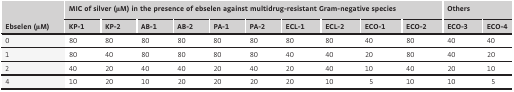
<table><thead><tr><td rowspan="2"><b>Ebselen (μM)</b></td><td colspan="10"><b>MIC of silver (μM) in the presence of ebselen against multidrug‐resistant Gram‐negative species</b></td><td colspan="2"><b>Others</b></td></tr><tr><td><b>KP‐1</b></td><td><b>KP‐2</b></td><td><b>AB‐1</b></td><td><b>AB‐2</b></td><td><b>PA‐1</b></td><td><b>PA‐2</b></td><td><b>ECL‐1</b></td><td><b>ECL‐2</b></td><td><b>ECO‐1</b></td><td><b>ECO‐2</b></td><td><b>ECO‐3</b></td><td><b>ECO‐4</b></td></tr></thead><tbody><tr><td>0</td><td>80</td><td>80</td><td>80</td><td>80</td><td>80</td><td>80</td><td>80</td><td>80</td><td>40</td><td>80</td><td>40</td><td>40</td></tr><tr><td>1</td><td>80</td><td>40</td><td>80</td><td>80</td><td>80</td><td>80</td><td>40</td><td>40</td><td>20</td><td>80</td><td>40</td><td>20</td></tr><tr><td>2</td><td>40</td><td>20</td><td>40</td><td>40</td><td>20</td><td>40</td><td>20</td><td>40</td><td>10</td><td>40</td><td>20</td><td>10</td></tr><tr><td>4</td><td>10</td><td>20</td><td>10</td><td>20</td><td>20</td><td>20</td><td>20</td><td>10</td><td>5</td><td>10</td><td>10</td><td>5</td></tr></tbody></table>